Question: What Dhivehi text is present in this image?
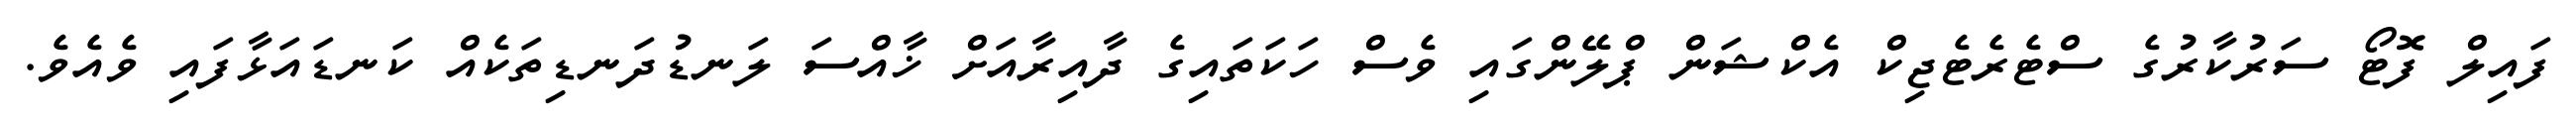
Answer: ފައިލް ފޮޓޯ ސަރުކާރުގެ ސްޓެރެޓެޖިކް އެކްޝަން ޕްލޭންގައި ވެސް ހަކަތައިގެ ދާއިރާއަށް ޚާއްސަ ލަނޑުދަނޑިތަކެއް ކަނޑައަޅާފައި ވެއެވެ.